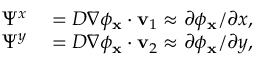
\begin{array} { r l } { \Psi ^ { x } } & { { } = D \nabla \phi _ { \mathbf { x } } \cdot \mathbf { v } _ { 1 } \approx \partial \phi _ { \mathbf { x } } / \partial x , } \\ { \Psi ^ { y } } & { { } = D \nabla \phi _ { \mathbf { x } } \cdot \mathbf { v } _ { 2 } \approx \partial \phi _ { \mathbf { x } } / \partial y , } \end{array}